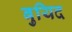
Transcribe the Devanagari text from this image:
बुयिद